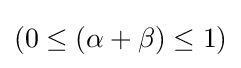
{\textstyle (0\leq (\alpha +\beta )\leq 1)}